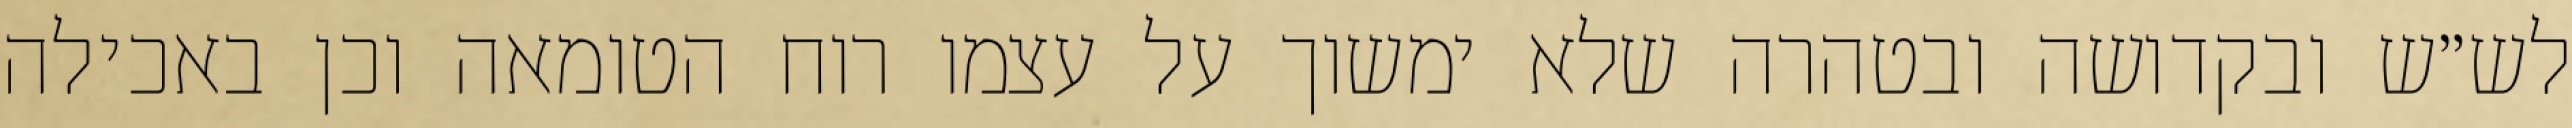
לש״ש ובקדושה ובטהרה שלא ימשוך על עצמו רוח הטומאה וכן באכילה